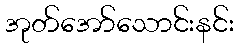
အုတ်အော်သောင်းနင်း